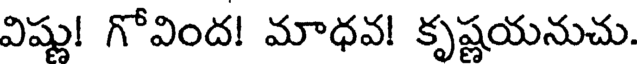
విష్ణు! గోవింద! మాధవ! కృష్ణయనుచు.